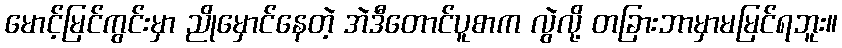
မောင့်မြင်ကွင်းမှာ ညိုမှောင်နေတဲ့ အဲဒီတောင်ပူစာက လွဲလို့ တခြားဘာမှာမမြင်ရဘူး။